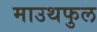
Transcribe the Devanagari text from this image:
माउथफुल